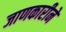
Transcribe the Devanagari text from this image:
जाणकारीने